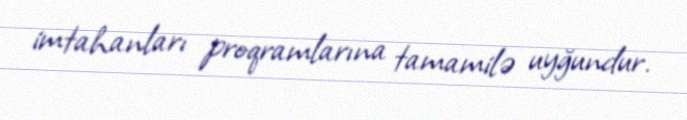
imtahanları proqramlarına tamamilə uyğundur.